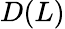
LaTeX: D(L)